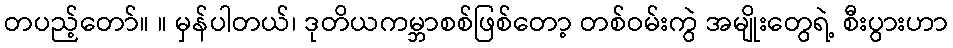
တပည့်တော်။ ။ မှန်ပါတယ်၊ ဒုတိယကမ္ဘာစစ်ဖြစ်တော့ တစ်ဝမ်းကွဲ အမျိုးတွေရဲ့ စီးပွားဟာ